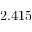
2 . 4 1 5